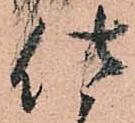
仕